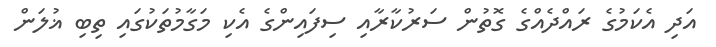
އަދި އެކަމުގެ ރައްދެއްގެ ގޮތުން ސަރުކާރާއި ސިފައިންގެ އެކި މަގާމުތަކުގައި ތިބި ޣުލަން